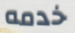
خدمه